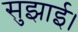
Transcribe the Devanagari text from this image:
सुझाई।